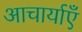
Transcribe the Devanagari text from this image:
आचार्याएँ